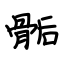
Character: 骺